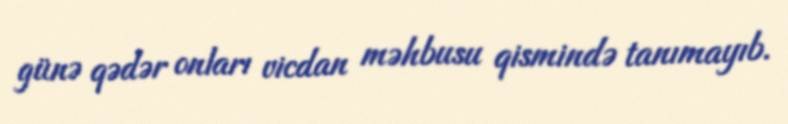
günə qədər onları vicdan məhbusu qismində tanımayıb.